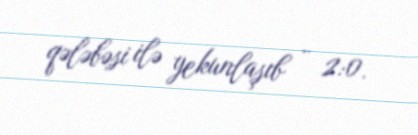
qələbəsi ilə yekunlaşıb - 2:0.